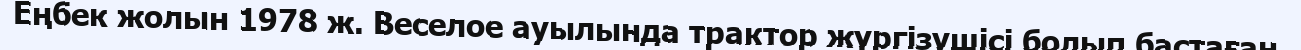
Еңбек жолын 1978 ж. Веселое ауылында трактор жүргізушісі болып бастаған.